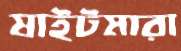
ষাইটমারা